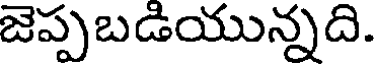
జెప్పబడియున్నది.